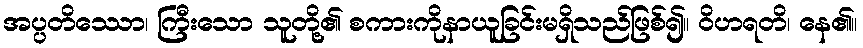
အပ္ပတိဿော၊ ကြီးသော သူတို့၏ စကားကိုနာယူခြင်းမရှိသည်ဖြစ်၍။ ဝိဟရတိ၊ နေ၏။